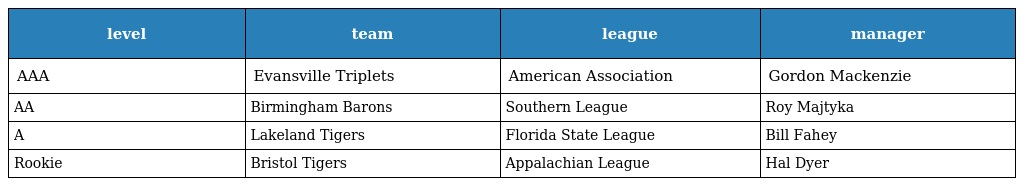
| level | team | league | manager |
 | --- | --- | --- | --- |
 | AAA | Evansville Triplets | American Association | Gordon Mackenzie |
 | AA | Birmingham Barons | Southern League | Roy Majtyka |
 | A | Lakeland Tigers | Florida State League | Bill Fahey |
 | Rookie | Bristol Tigers | Appalachian League | Hal Dyer |